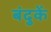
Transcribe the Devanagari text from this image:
बंदुकें